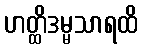
ဟတ္ထိဒမ္မသာရထိ